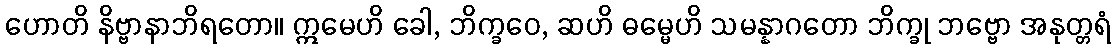
ဟောတိ နိဗ္ဗာနာဘိရတော။ ဣမေဟိ ခေါ, ဘိက္ခဝေ, ဆဟိ ဓမ္မေဟိ သမန္နာဂတော ဘိက္ခု ဘဗ္ဗော အနုတ္တရံ